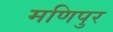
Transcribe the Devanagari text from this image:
मणिपुर